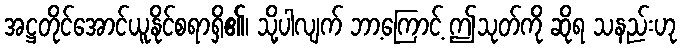
အဋ္ဌတိုင်အောင်ယူနိုင်စရာရှိ၏၊ သို့ပါလျက် ဘာ့ကြောင့် ဤသုတ်ကို ဆိုရ သနည်းဟု